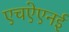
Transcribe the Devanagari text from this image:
एचऐएनई